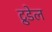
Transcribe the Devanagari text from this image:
ट्रुडेल